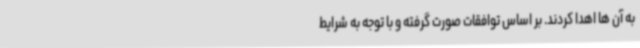
به آن ها اهدا کردند. بر اساس توافقات صورت گرفته و با توجه به شرایط